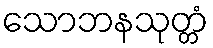
သောဘနသုတ္တံ